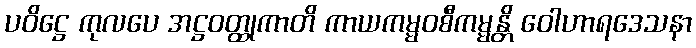
ပဝိဋ္ဌေ ကုလပေ အဋ္ဌဝတ္ထုကာတိ ကာယကမ္မဝစီကမ္မန္တိ ဝေါဟာရဒေသနာ